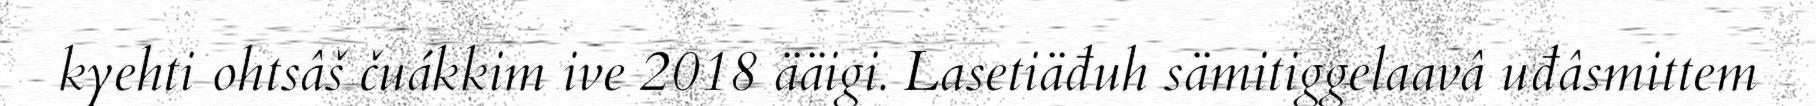
kyehti ohtsâš čuákkim ive 2018 ääigi. Lasetiäđuh sämitiggelaavâ uđâsmittem